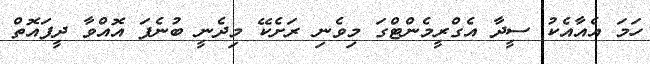
ހަމަ އެއާއެކު ސީދާ އެގްރީމެންޓްގަ މިވެނި ރަށެކޭ މިދެނީ ބުނެފަ އޮއްވާ ދީފައޮތް